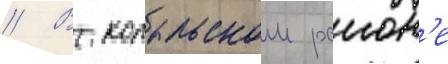
// В копыльском раион'е